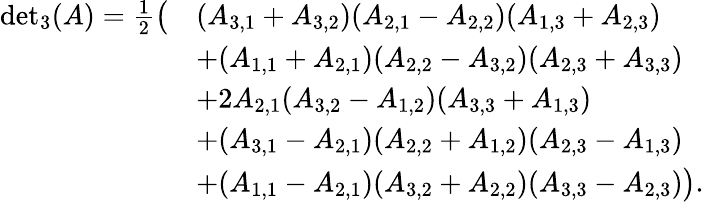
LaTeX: \begin{array}{rl}{{\operatorname*{det}}_{3}(A)=\frac{1}{2}\big(}&{(A_{3,1}+A_{3,2})(A_{2,1}-A_{2,2})(A_{1,3}+A_{2,3})}\\ &{+(A_{1,1}+A_{2,1})(A_{2,2}-A_{3,2})(A_{2,3}+A_{3,3})}\\ &{+2A_{2,1}(A_{3,2}-A_{1,2})(A_{3,3}+A_{1,3})}\\ &{+(A_{3,1}-A_{2,1})(A_{2,2}+A_{1,2})(A_{2,3}-A_{1,3})}\\ &{+(A_{1,1}-A_{2,1})(A_{3,2}+A_{2,2})(A_{3,3}-A_{2,3})\big).}\end{array}